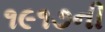
૧૯૧૭ની